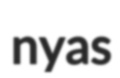
nyas